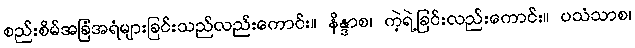
စည်းစိမ်အခြံအရံများခြင်းသည်လည်းကောင်း။ နိန္ဒာစ၊ ကဲ့ရဲ့ခြင်းလည်းကောင်း။ ပသံသာစ၊